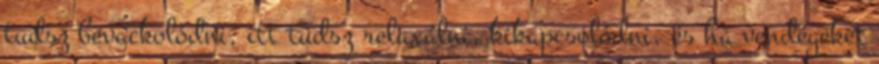
tudsz bevackolódni, itt tudsz relaxálni, kikapcsolódni, és ha vendégeket